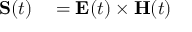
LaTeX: \begin{array} { r l } { \mathbf { S } ( t ) } & { { } = \mathbf { E } ( t ) \times \mathbf { H } ( t ) } \end{array}